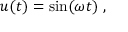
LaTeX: u ( t ) = \sin ( \omega t ) \; ,